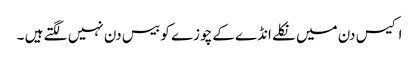
اکیس دن میں نکلے انڈے کےچوزے کو بیس دن نہیں لگتے ہیں ۔